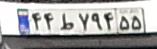
۴۴ط۷۹۴۵۵